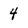
Character: 4